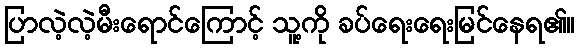
ပြာလဲ့လဲ့မီးရောင်ကြောင့် သူ့ကို ခပ်ရေးရေးမြင်နေရ၏။